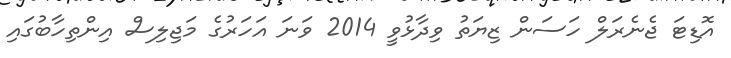
އޮޑިޓަ ޖެނެރަލް ހަސަން ޒިޔަތު ވިދާޅުވީ 2014 ވަނަ އަހަރުގެ މަޖިލިސް އިންތިހާބުގައި